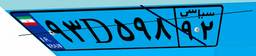
۹۴D۳۲۸۹۵